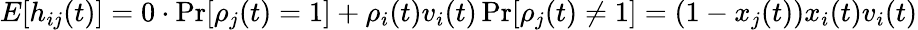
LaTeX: \begin{array}{r}{E[h_{ij}(t)]=0\cdot\operatorname*{Pr}[\rho_{j}(t)=1]+\rho_{i}(t)v_{i}(t)\operatorname*{Pr}[\rho_{j}(t)\neq 1]=(1-x_{j}(t))x_{i}(t)v_{i}(t)}\end{array}